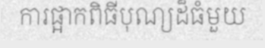
ការផ្អាកពិធីបុណ្យដ៏ធំមួយ